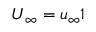
\boldsymbol { U } _ { \infty } = u _ { \infty } \mathbb { 1 }